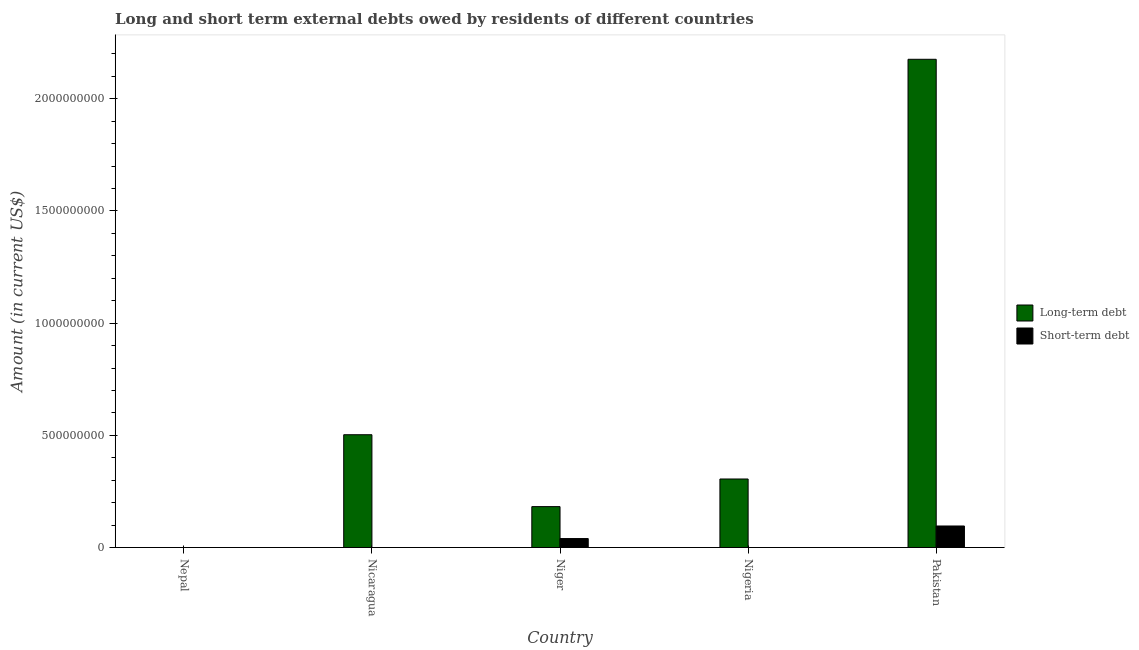
| Country | Long-term debt | Short-term debt |
 | --- | --- | --- |
 | Nepal | -2.52e+07 | -1.3e+07 |
 | Nicaragua | 5.03e+08 | -1.73e+08 |
 | Niger | 1.82e+08 | 4e+07 |
 | Nigeria | 3.05e+08 | -1e+03 |
 | Pakistan | 2.18e+09 | 9.6e+07 |